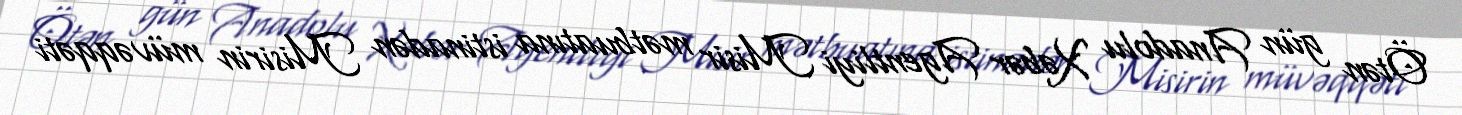
Ötən gün Anadolu Xəbər Agentliyi Misir mətbuatına istinadən Misirin müvəqqəti